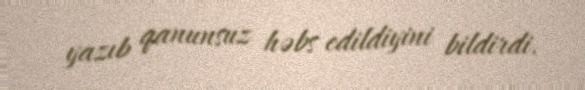
yazıb qanunsuz həbs edildiyini bildirdi.